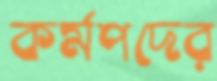
কর্মপদের